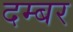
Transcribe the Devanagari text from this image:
दम्बर